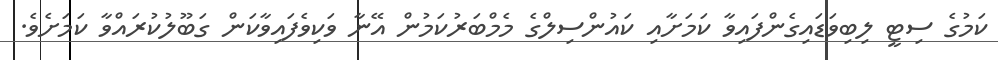
ކަމުގެ ސިޓީ ލިބިވަޑައިގެންފައިވާ ކަމަށާއި ކައުންސިލްގެ މެމްބަރުކަމުން އޭނާ ވަކިވެފައިވާކަން ގަބޫލުކުރައްވާ ކަމަށެވެ.